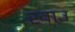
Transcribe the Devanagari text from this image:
खाउ